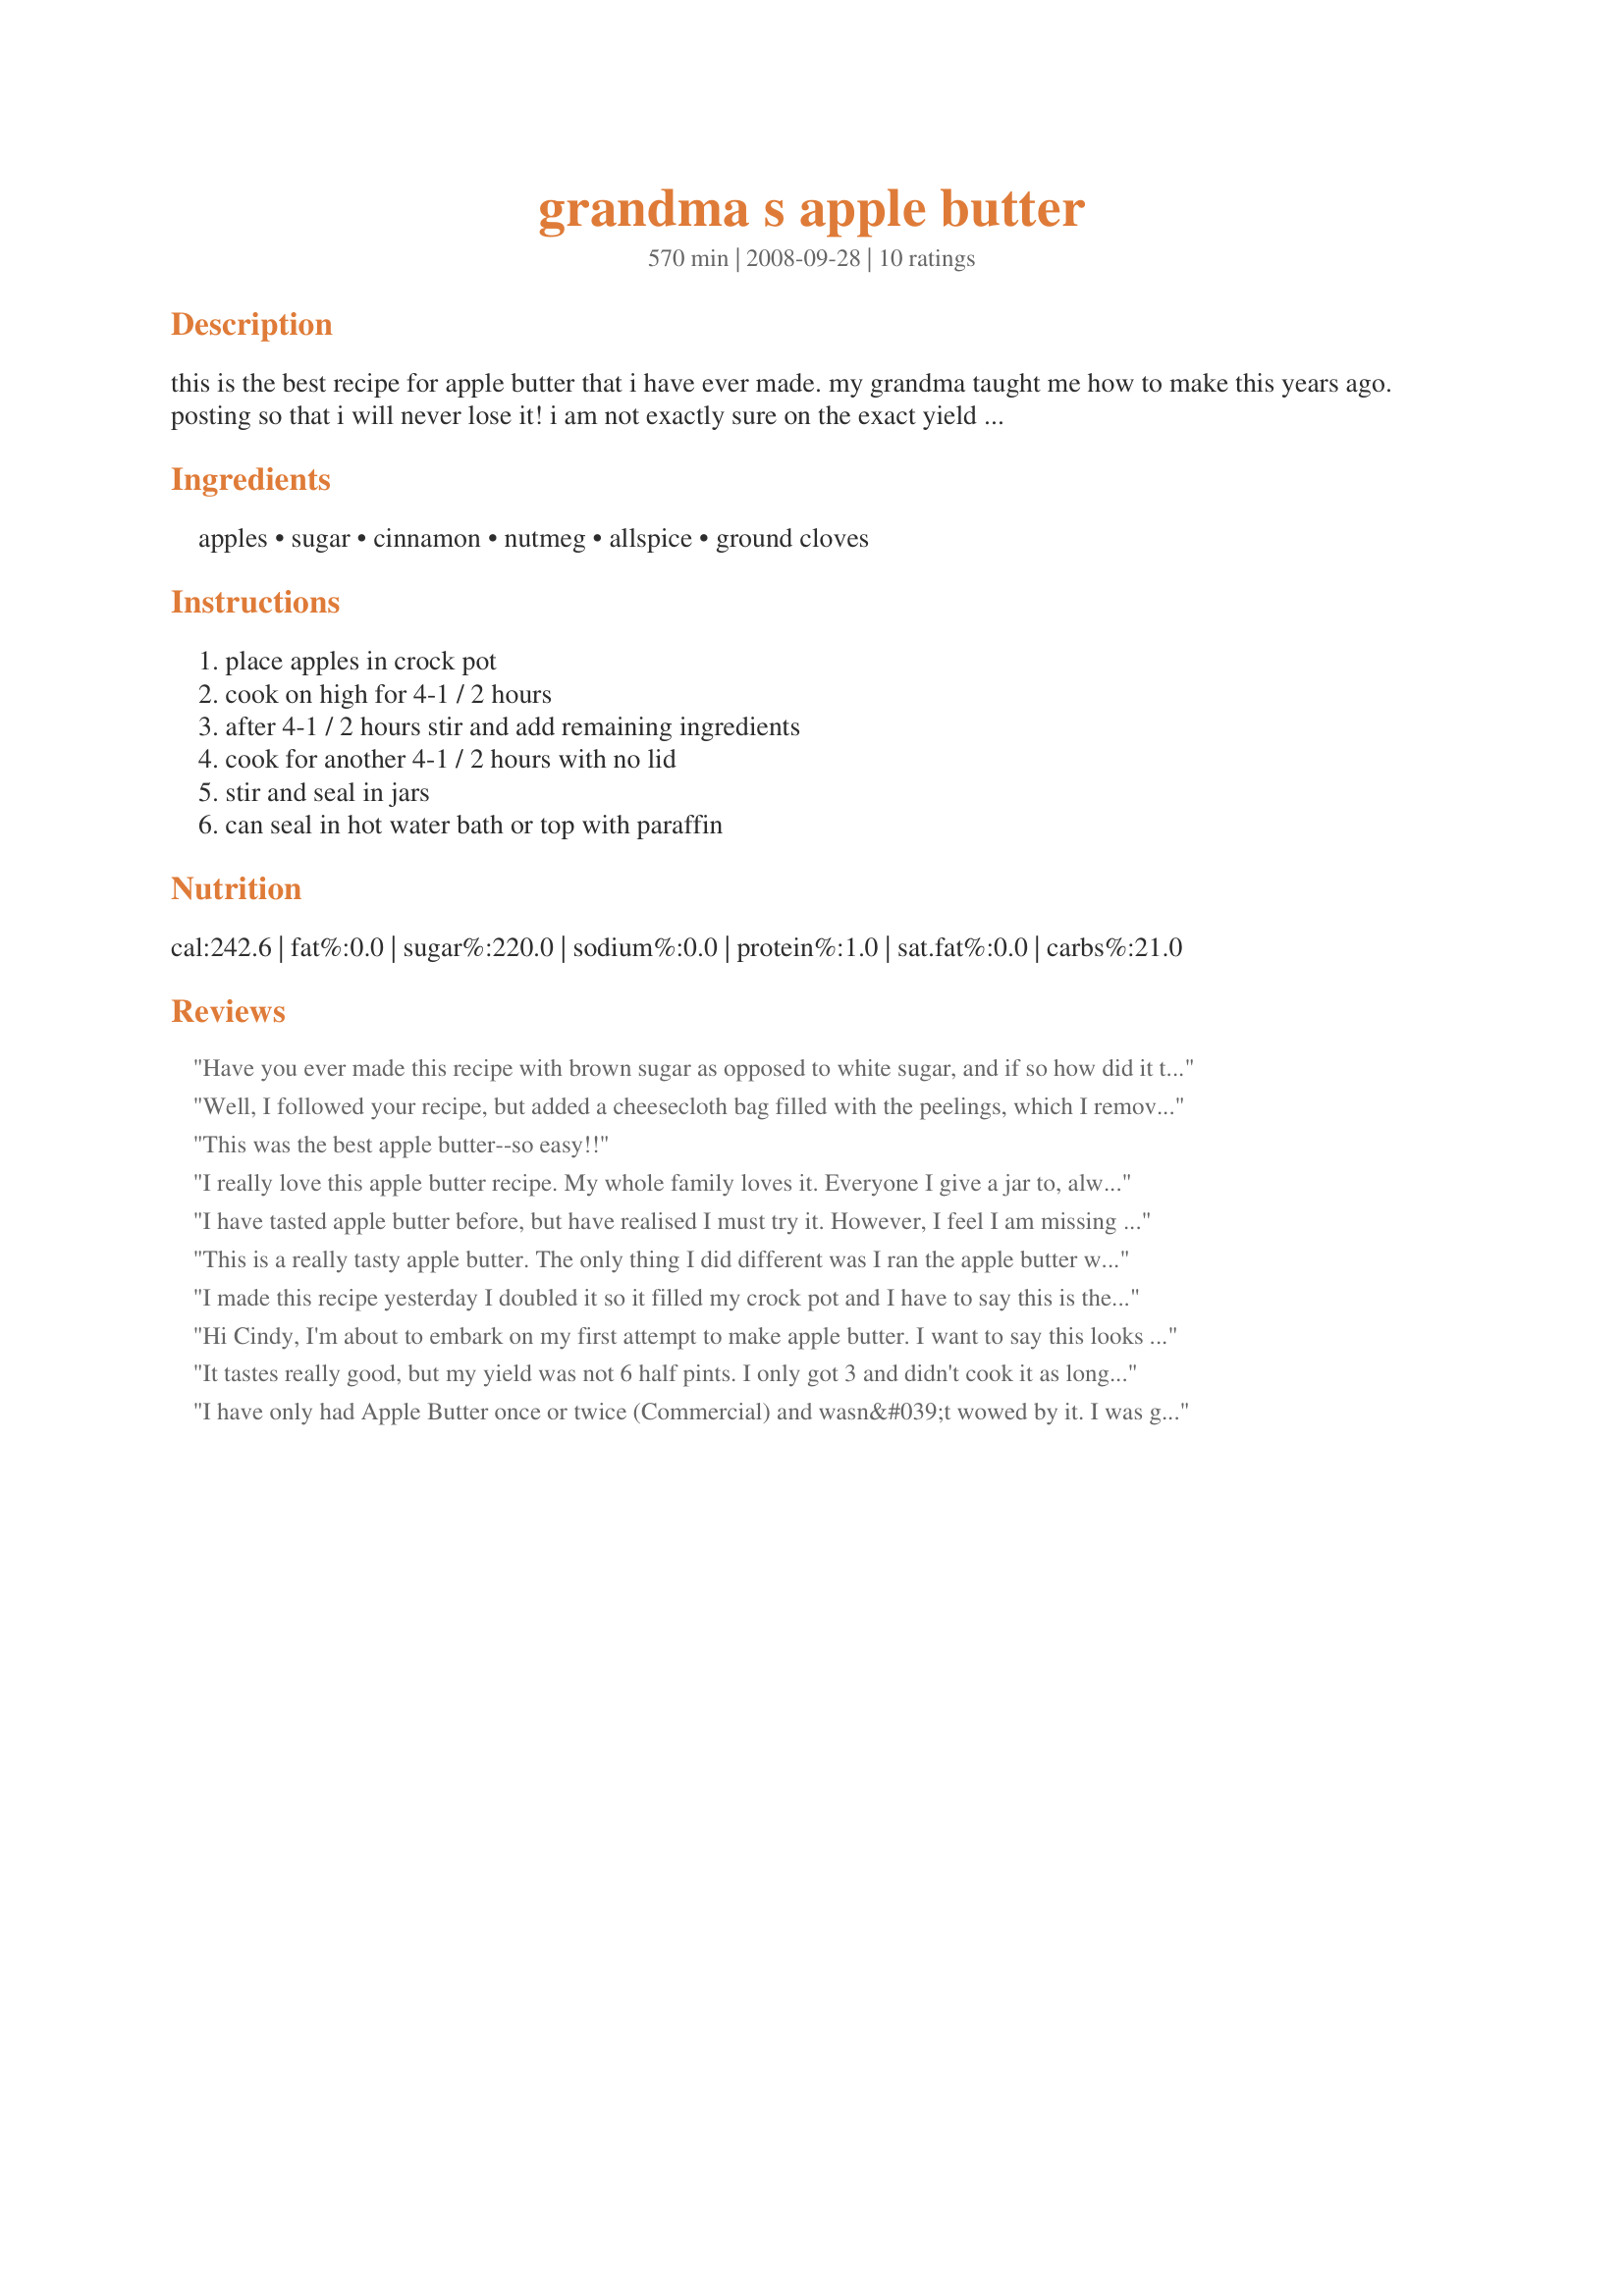
grandma s apple butter
Preparation time: 570 minutes

this is the best recipe for apple butter that i have ever made. my grandma taught me how to make this years ago. posting so that i will never lose it!

i am not exactly sure on the exact yield - it's been a while since i've made this.

Ingredients:
apples, sugar, cinnamon, nutmeg, allspice, ground cloves

Steps:
place apples in crock pot, cook on high for 4-1 / 2 hours, after 4-1 / 2 hours stir and add remaining ingredients, cook for another 4-1 / 2 hours with no lid, stir and seal in jars, can seal in hot water bath or top with paraffin

Reviews:
Have you ever made this recipe with brown sugar as opposed to white sugar, and if so how did it turn out? And also have you ever cooked it on the stove top as opposed to using the slow cooker?
Well, I followed your recipe, but added a cheesecloth bag filled with the peelings, which I removed after the first 4 1/2 hours! I have to say that it came out superbly delicious! I only got about 2 1/2 pints out of the 10 cups of Jonagold apples. I'm planning on making more as soon as I can round up some more jars and rings. (I made applesauce as well!) Anyway, thanks for this wonderful recipe.
This was the best apple butter--so easy!!
I really love this apple butter recipe. My whole family loves it. Everyone I give a jar to, always comes back to me and wants the recipe. This one is a winner!!! Well done!!!
I have tasted apple butter before, but have realised I must try it. However, I feel I am missing something here. Many recipes call for the apples to cook in cider, whereas here there is no mention of fluids. Am I to assume a certain amount of water?
This is a really tasty apple butter. The only thing I did different was I ran the apple butter when it was all cooked through my processor to help smooth it some. Mine chunks did not all cook up smooth. All in all, easy and very delicious!!
I made this recipe yesterday I doubled it so it filled my crock pot and I have to say this is the absolute best Apple butter I have ever made! No more searching for different recipes this one is a keeper!
Hi Cindy, I'm about to embark on my first attempt to make apple butter. I want to say this looks like the recipe I am going to use, although I must point out that you can NOT use paraffin to seal jars. It is not a safe method for preserving canned foods. Please check into this and remove it from your post.
It tastes really good, but my yield was not 6 half pints. I only got 3 and didn't cook it as long. Maybe it was the type of apples I used? I used Rome apples.
I have only had Apple Butter once or twice (Commercial) and wasn&#039;t wowed by it. I was gifted with a little over 1/2 bushel of apples and went scrambling for things to make with them. I have to say that this recipe is the BOMB! I made it exactly as directed and at the end used a stick blender to make it smooth. I licked the spoon then sat down with the crock pot and a rubber spatula and ate every little bit of the remains in the crock pot. Crusty bits too. :) Sweet but not too sweet - this is THE perfect recipe for Apple Butter!! Thanks for sharing your Grandmother&#039;s recipe with us.
